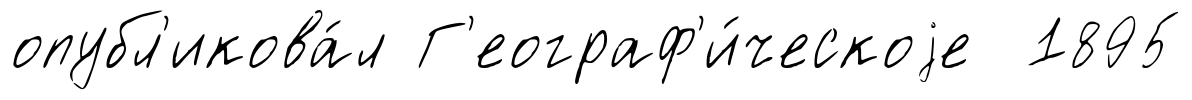
опубл'икова́л Г'еограф'и́ческоjе 1895